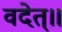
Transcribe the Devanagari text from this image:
वदेत्॥